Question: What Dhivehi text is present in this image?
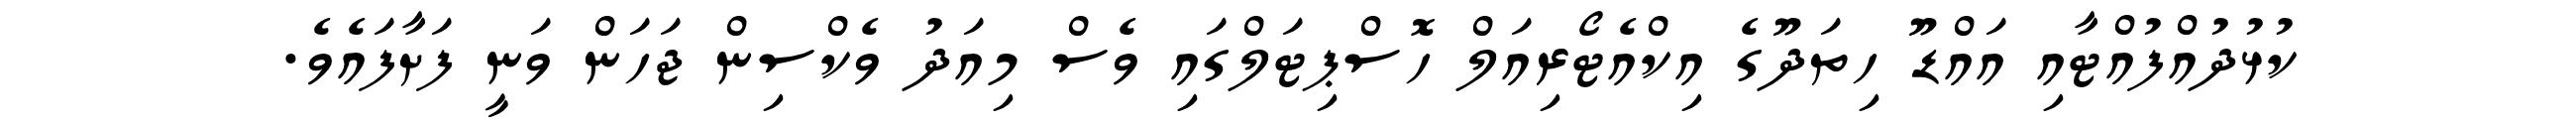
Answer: ކުޅުދުއްފުއްޓާއި އައްޑޫ ހިތަދޫގެ އިކްއެޓޯރިއަލް ހޮސްޕިޓަލްގައި ވެސް މިއަދު ވެކްސިން ޖަހަން ވަނީ ފަށާފައެވެ.